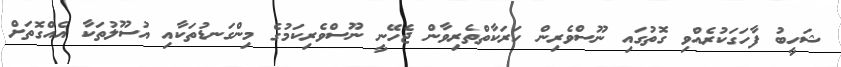
ޝަހީބު ފާހަގަކުރެއްވި ގޮތުގައި ނޫސްވެރިން ހަރަކާތްތެރިވާން ޖެހޭނީ ނޫސްވެރިކަމުގެ މިންގަނޑުތަކާއި އުސޫލުތަކާ އެއްގޮތަށް